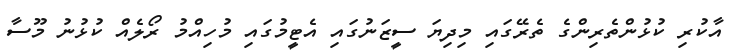
އާކުރި ކުޅުންތެރިންގެ ތެރޭގައި މިދިޔަ ސީޒަނުގައި އެޓީމުގައި މުހިއްމު ރޯލެއް ކުޅުނު މޫސާ